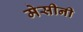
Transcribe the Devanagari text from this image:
मेसीनी